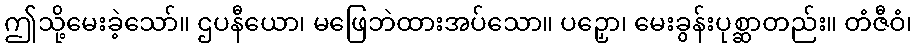
ဤသို့မေးခဲ့သော်။ ဌပနီယော၊ မဖြေဘဲထားအပ်သော။ ပဉှော၊ မေးခွန်းပုစ္ဆာတည်း။ တံဇီဝံ၊